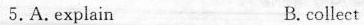
5.A.explain B.collect